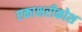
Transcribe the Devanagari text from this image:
एकाक्षरीकोश